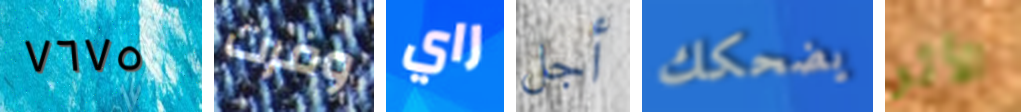
٧٦٧٥ وفرت راي أجل يضحكك الأثر